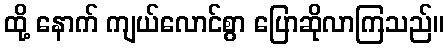
ထို့ နောက် ကျယ်လောင်စွာ ပြောဆိုလာကြသည်။